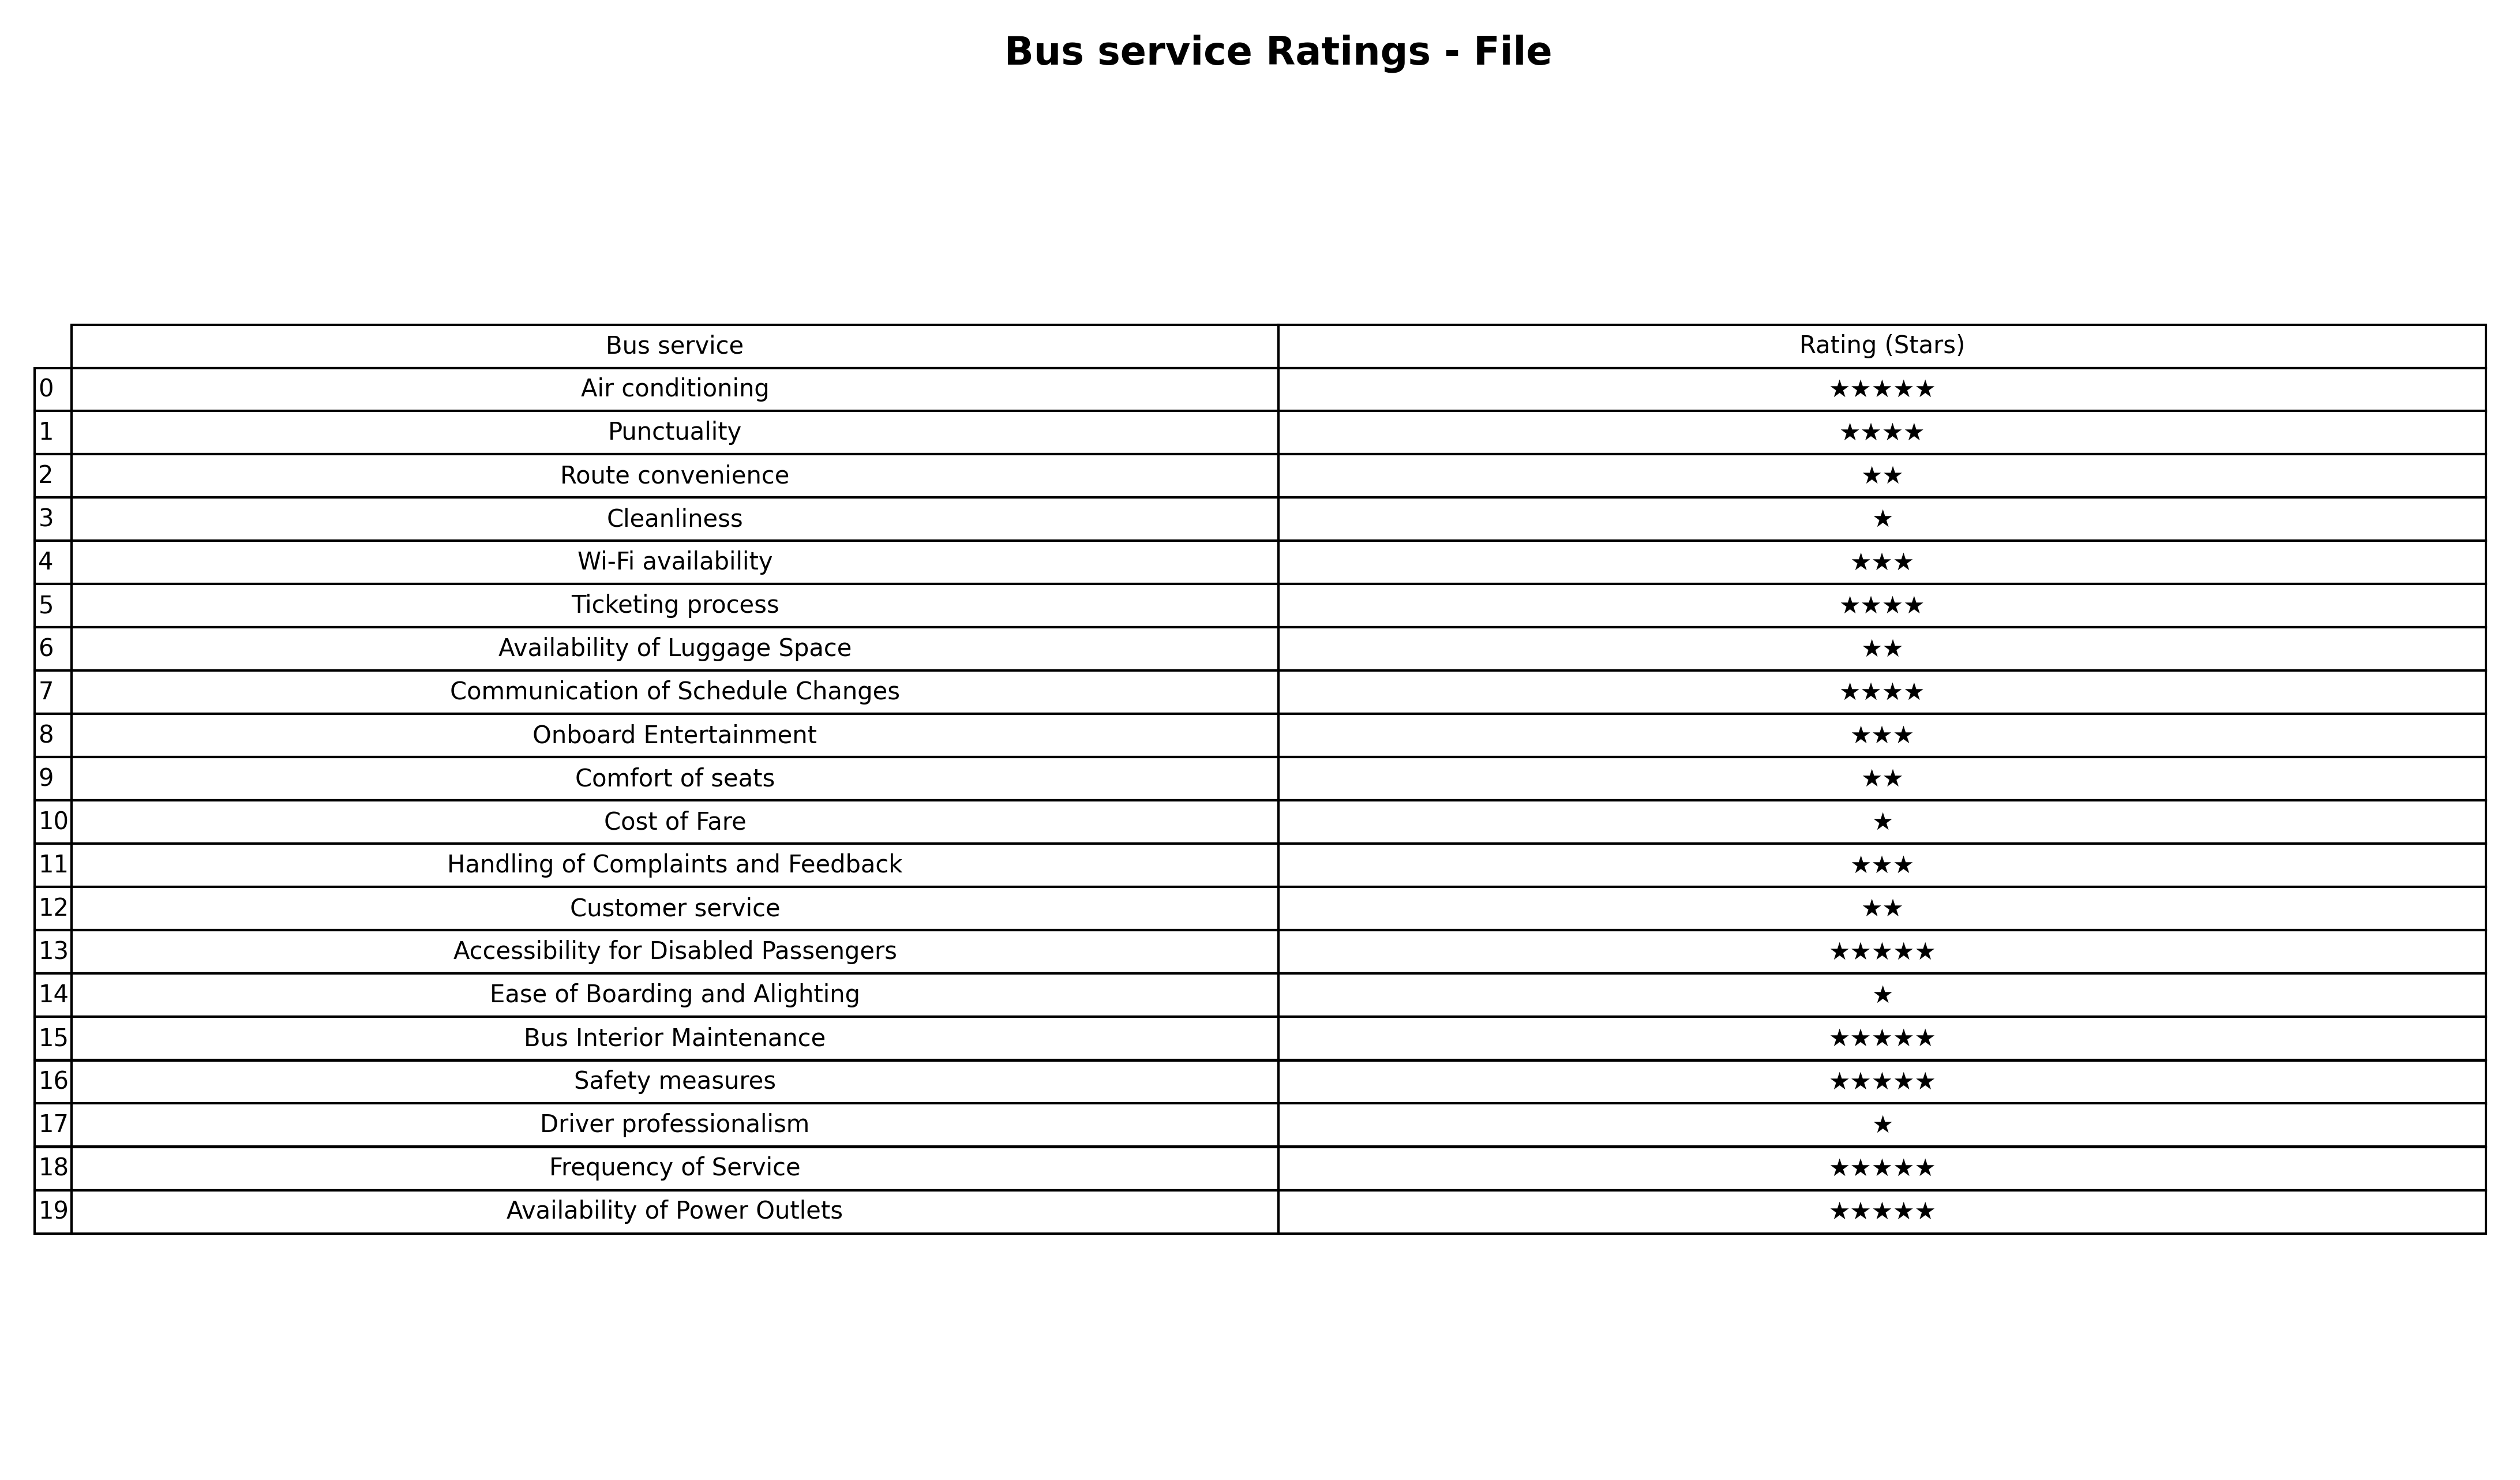
question: What are three star services?
answer: Wi-Fi availabilityOnboard EntertainmentHandling of Complaints and Feedback